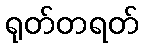
ရုတ်တရတ်